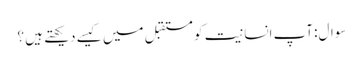
سوال:آپ انسانیت کو مستقبل میں کیسے دیکھتے ہیں ؟